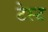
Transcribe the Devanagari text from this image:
टेस्‍ट